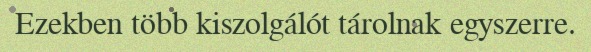
Ezekben több kiszolgálót tárolnak egyszerre.